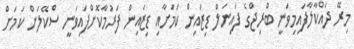
މިރޭ ދައްކާލާފައިމިވަނީ ބްރިޖްގެ ފައިނަލް ޑިޒައިން ކަމަށާއި ޑިޒައިން ފަރުމާކޮށްފައިވަނީ ސްކޭލަށް ކަމަށް